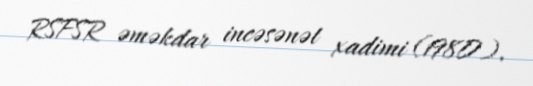
RSFSR əməkdar incəsənət xadimi (1980).